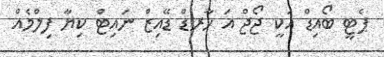
ޕެޓީ ބޯއިޑް އަކީ ޖޯޖް އަ ހާރޑް ޑޭއިޒް ނައިޓް ކިޔާ ފިލްމެއް